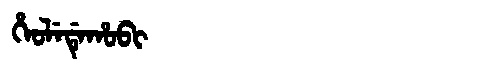
Manchu: ᡥᡝᠣᠯᡝᡩᡝᡥᠣᠪᡳ
Romanization: HEOLEDEHOBI